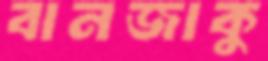
বানজাকু